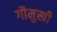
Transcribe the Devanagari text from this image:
गौमुखी